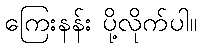
ကြေးနန်း ပို့လိုက်ပါ။